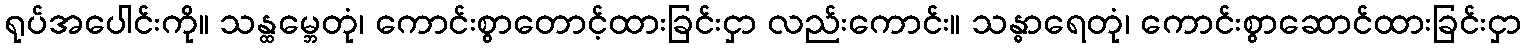
ရုပ်အပေါင်းကို။ သန္ထမ္ဘေတုံ၊ ကောင်းစွာတောင့်ထားခြင်းငှာ လည်းကောင်း။ သန္ဓာရေတုံ၊ ကောင်းစွာဆောင်ထားခြင်းငှာ